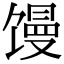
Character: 馒